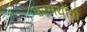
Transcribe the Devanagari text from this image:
परमयोगी